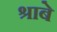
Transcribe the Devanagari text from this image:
श्राबे